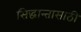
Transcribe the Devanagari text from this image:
सिद्धान्तासाठी